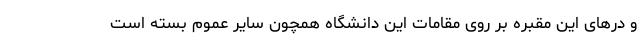
و درهای این مقبره بر روی مقامات این دانشگاه همچون سایر عموم بسته است